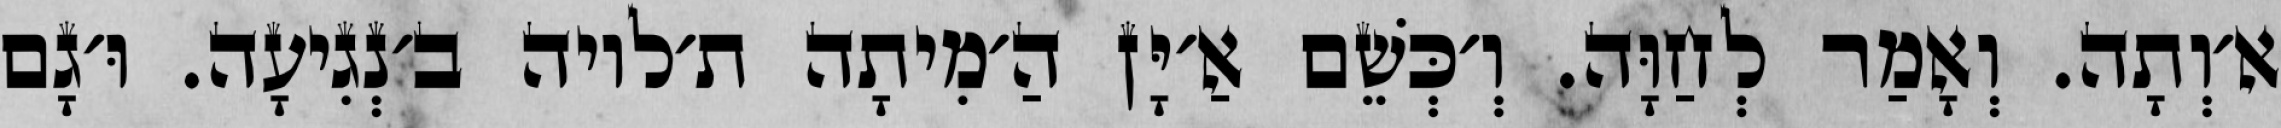
א׳וְתָה. וְאָמַר לְחַוָּה. וְ׳כְּשֵׁם אַ׳יָּן הַ׳מִיתָה ת׳לויה ב׳נְגִיעָה. וּ׳גָם